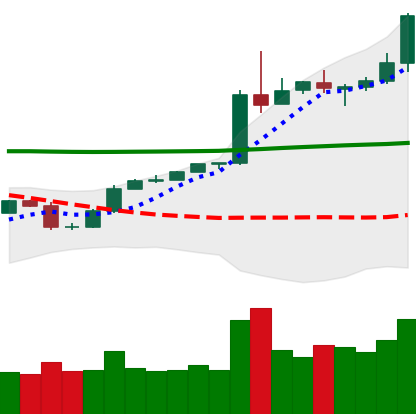
Ticker: BTC-USD
Chart end date: 2020-05-07
Forward return: -11.526%
Label: down_7plus